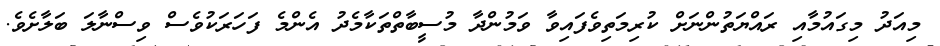
މިއަދު މިގައުމާއި ރައްޔަތުންނަށް ކުރިމަތިވެފައިވާ ވަމުންދާ މުސީބާތްތަކާމެދު އެންމެ ފަހަރަކުވެސް ވިސްނާލަ ބަލާށެވެ.